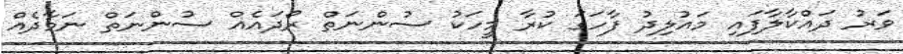
ވަރު ދައްކާލާފައި މައުލިދު ފާހަގަ ކުރާ މީހަކު ސުންނަތް ރޯދައެއް ސުންނަތް ނަމާދެއް